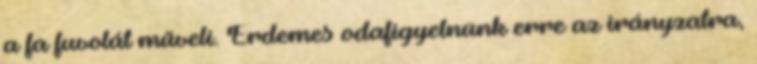
a fa fuvolát műveli. Érdemes odafigyelnünk erre az irányzatra,